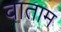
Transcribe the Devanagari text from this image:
वाताम